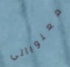
معنوياتي